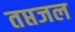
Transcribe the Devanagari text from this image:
तप्तजल